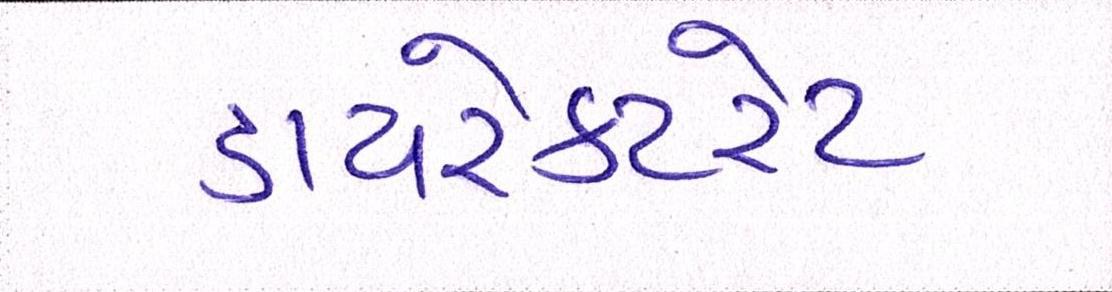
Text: ડાયરેક્ટરેટ